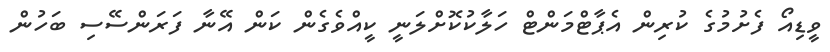
ވީޑިއޯ ފެށުމުގެ ކުރިން އެޕާޓްމަންޓް ހަލާކުކޮށްލަނީ ކީއްވެގެން ކަން އޭނާ ފަރަންސޭސި ބަހުން